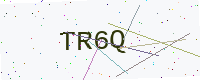
Text: TR6Q